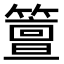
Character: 䉡